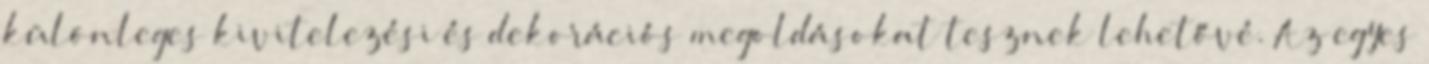
különleges kivitelezési és dekorációs megoldásokat tesznek lehetővé. Az egyes